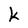
Character: k